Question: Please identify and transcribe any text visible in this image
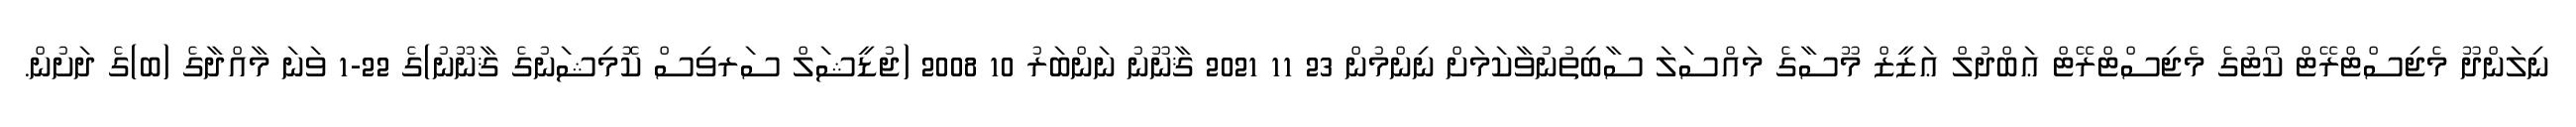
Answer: ނިލަންދޫ މެޖިސްޓްރޭޓް ކޯޓުގެ މެޖިސްޓްރޭޓް ޢަބްދުލް ޢަޒީޒް މޫސާގެ މައްސަލަ ސާބިތުނުވާކަމަށް ނިންމުން 23 11 2021 ޤާނޫނު ނަންބަރު 10 2008 (ޖުޑީޝަލް ސަރވިސް ކޮމިޝަނުގެ ޤާނޫނު)ގެ 22-1 ވަނަ މާއްދާގެ (ބ)ގެ ދަށުން.